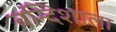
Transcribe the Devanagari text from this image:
बन्दिशाला